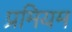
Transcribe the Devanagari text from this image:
प्रमियम